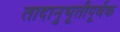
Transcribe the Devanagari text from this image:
तादानुभूतीपूर्वक